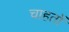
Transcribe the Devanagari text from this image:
चाहतों